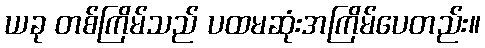
ယခု တစ်ကြိမ်သည် ပထမဆုံးအကြိမ်ပေတည်း။